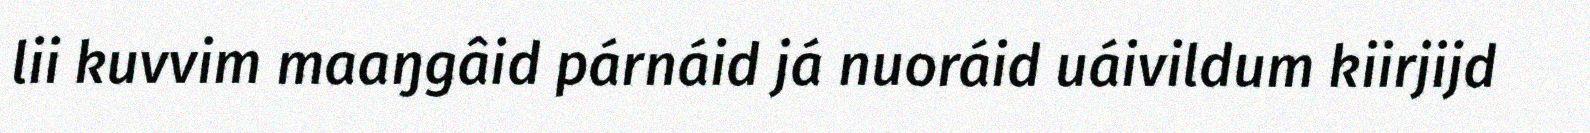
lii kuvvim maaŋgâid párnáid já nuoráid uáivildum kiirjijd